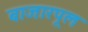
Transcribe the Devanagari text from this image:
बाजारपूल